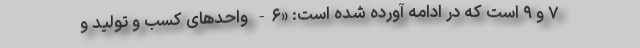
۷ و ۹ است که در ادامه آورده ‌شده است: «۶- واحد‌های کسب و تولید و